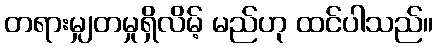
တရားမျှတမှုရှိလိမ့် မည်ဟု ထင်ပါသည်။